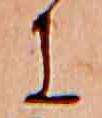
に